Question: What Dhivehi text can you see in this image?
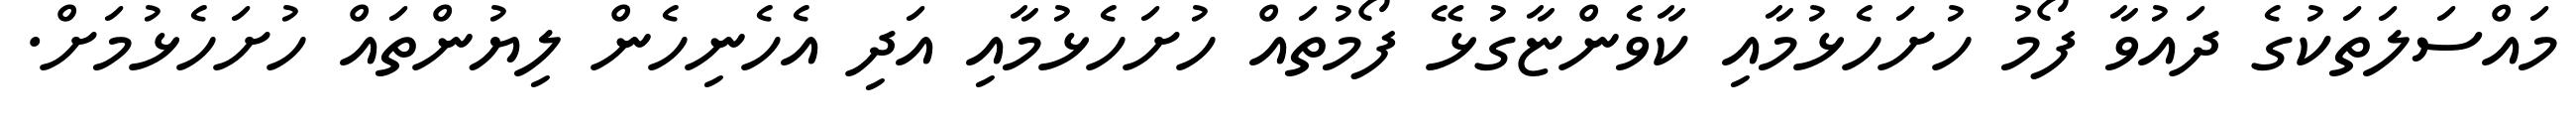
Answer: މައްސަލަތަކުގެ ދައުވާ ފޯމު ހުށަހެޅުމާއި ކާވެންޏާގުޅޭ ފޯމުތައް ހުށަހެޅުމާއި އަދި އެހެނިހެން ލިޔުންތައް ހުށަހެޅުމަށް.